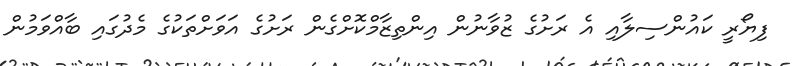
ފިޔޯރީ ކައުންސިލާއި އެ ރަށުގެ ޒުވާނުން އިންތިޒާމްކޮށްގެން ރަށުގެ އަވަށްތަކުގެ މެދުގައި ބާއްވަމުން